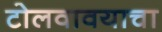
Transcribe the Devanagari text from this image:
टोलवावयाचा